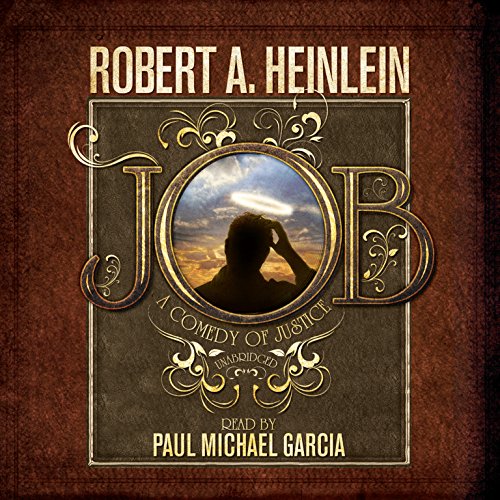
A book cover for Job: A Comedy of Justice; Robert A. Heinlein; Religion & Spirituality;